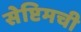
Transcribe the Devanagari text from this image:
सेप्टिमची